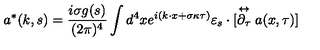
a ^ { * } ( k , s ) = \frac { i \sigma g ( s ) } { ( 2 \pi ) ^ { 4 } } \int d ^ { 4 } x e ^ { i ( k \cdot x + \sigma \kappa \tau ) } \varepsilon _ { s } \cdot [ \stackrel { \leftrightarrow } { \partial _ { \tau } } a ( x , \tau ) ]